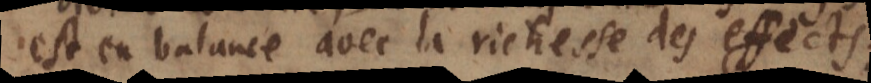
est en balance avec la richesse des effects